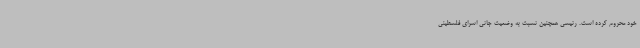
خود محروم کرده است. رئیسی همچنین نسبت به وضعیت جانی اسرای فلسطینی